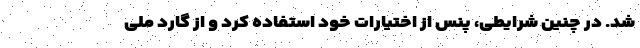
شد. در چنین شرایطی، پنس از اختیارات خود استفاده کرد و از گارد ملی